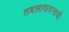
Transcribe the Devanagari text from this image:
तबलावादनाची